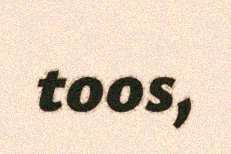
toos,